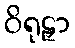
ဝိရုဠှာ